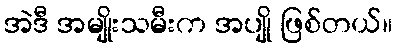
အဲဒီ အမျိုးသမီးက အပျို ဖြစ်တယ်။